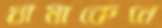
ধামাকেনে